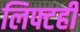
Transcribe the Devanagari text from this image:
लिफ्टही